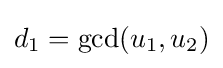
d_{1}=\gcd(u_{1},u_{2})